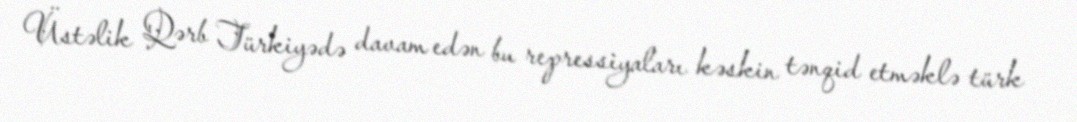
Üstəlik Qərb Türkiyədə davam edən bu repressiyaları kəskin tənqid etməklə türk